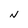
Character: N